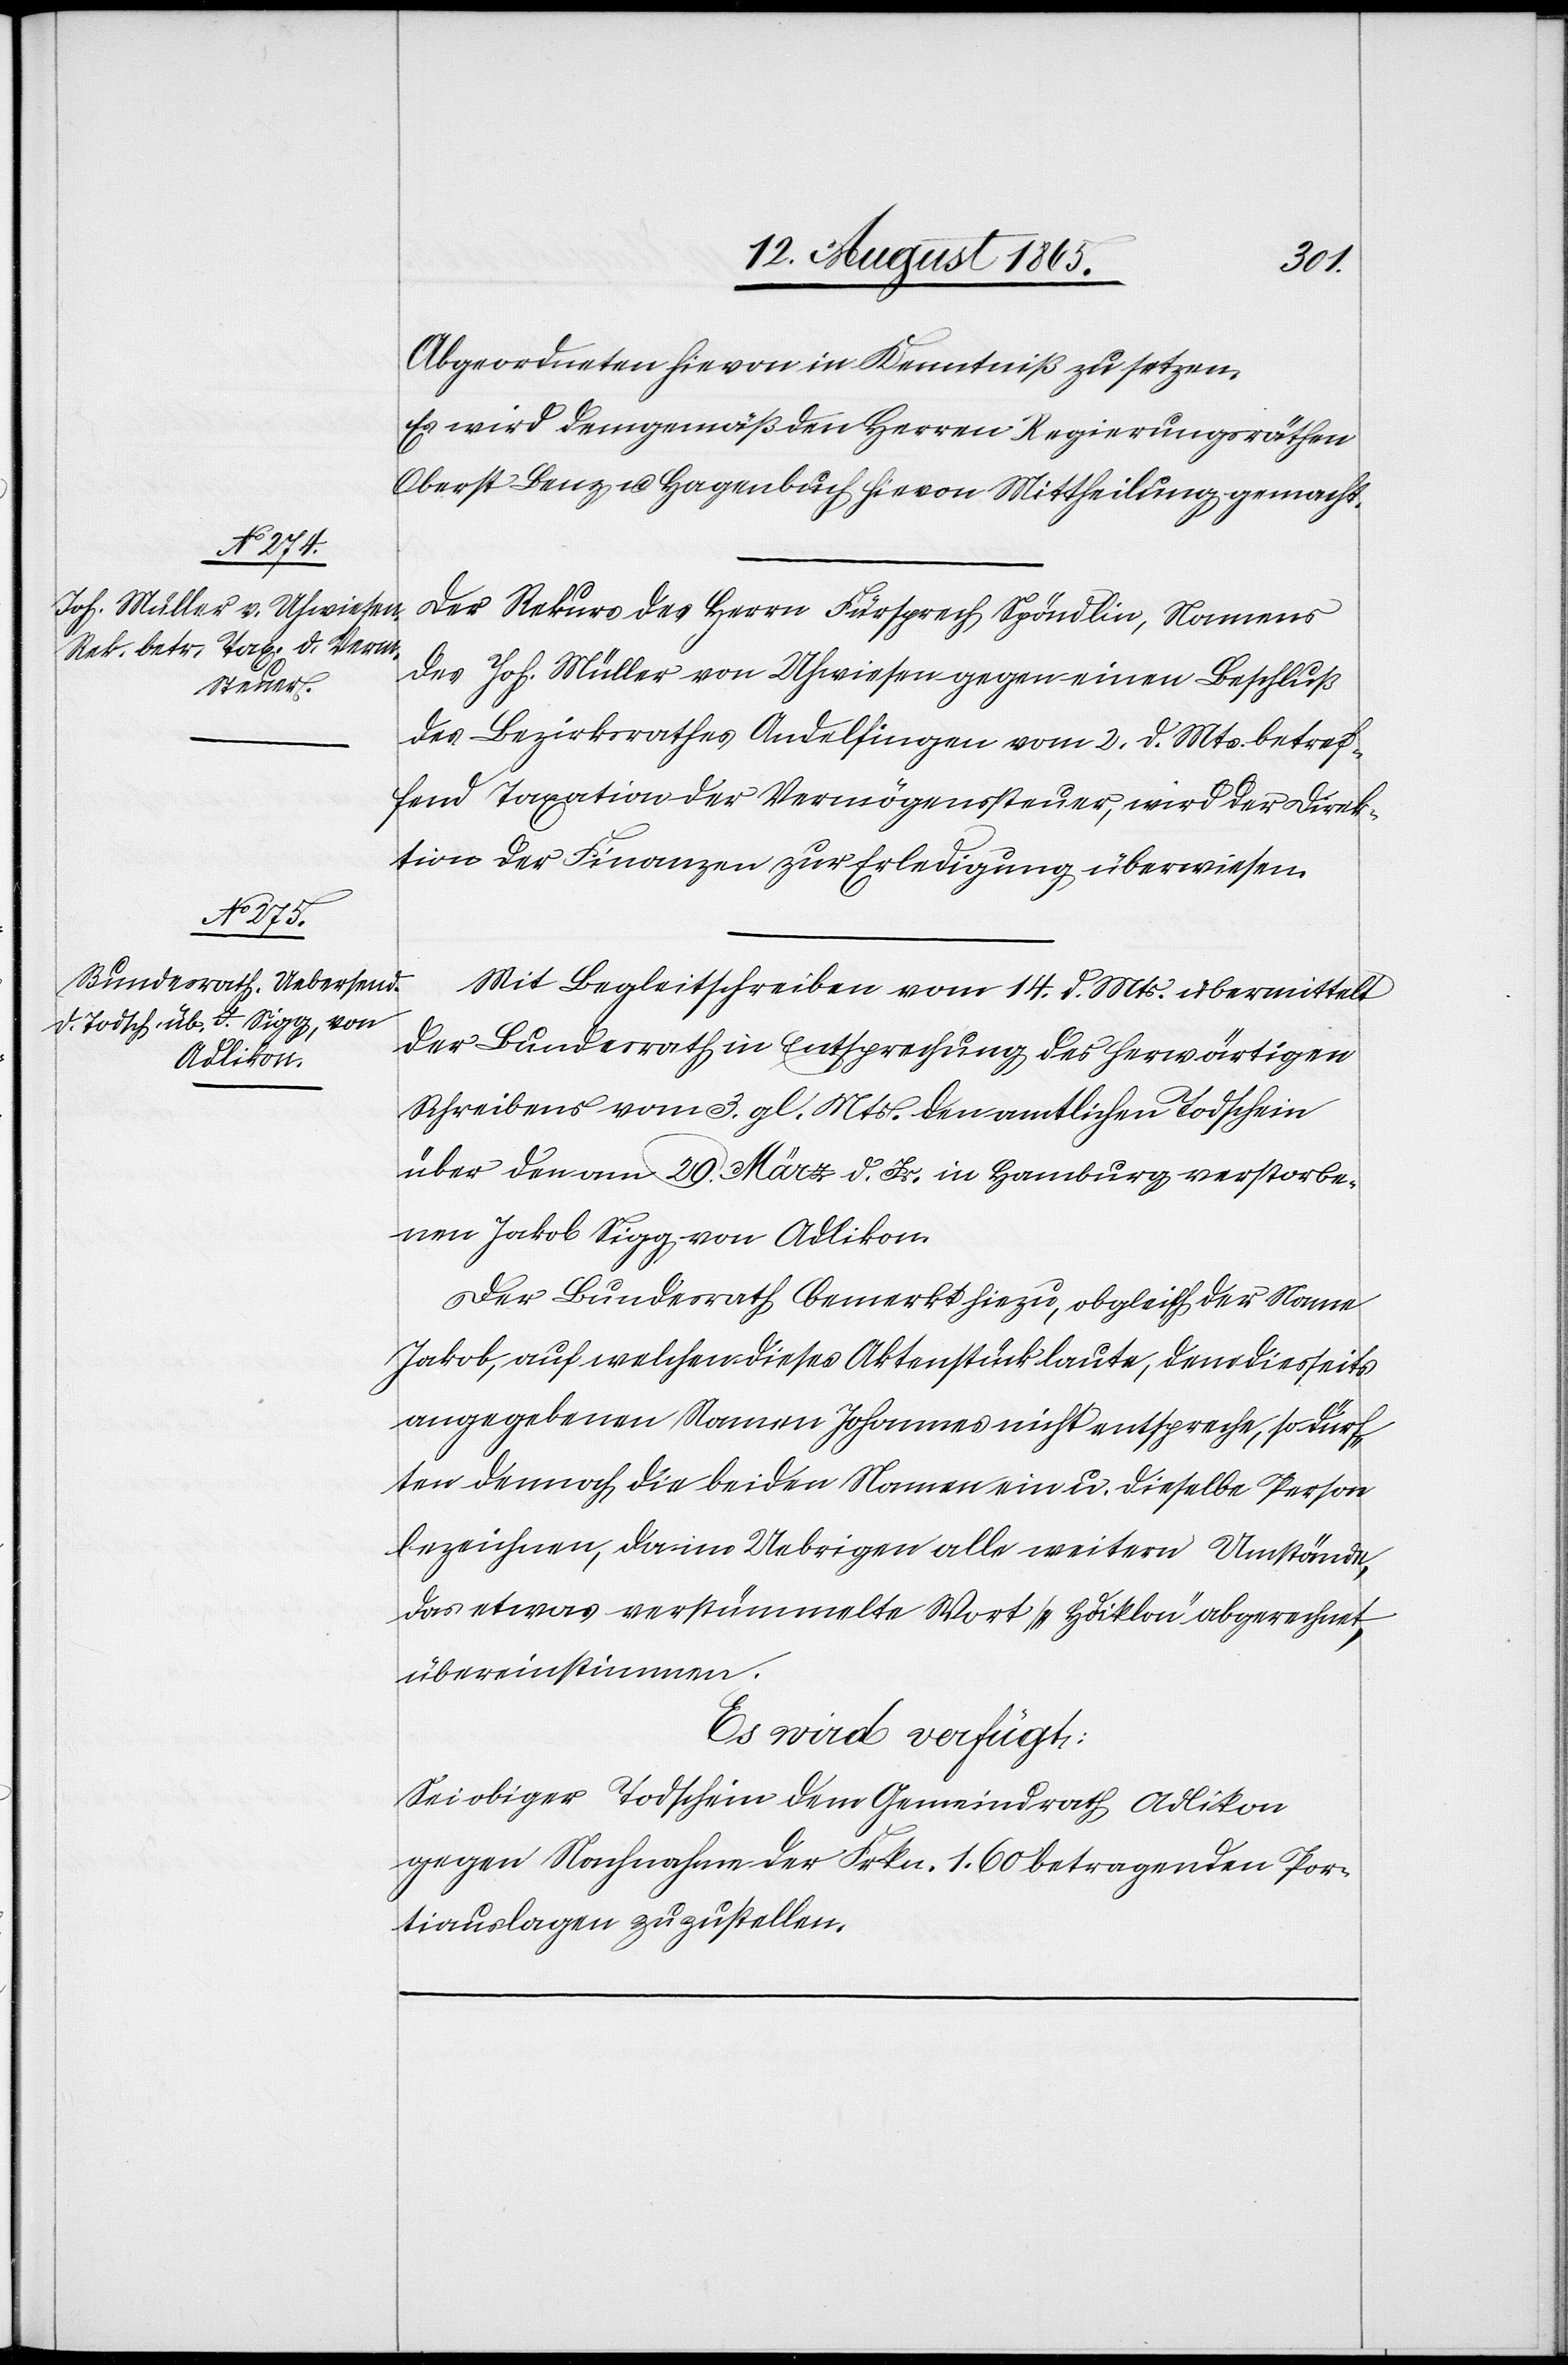
18. August 1865.]
Abgeordneten hievon in Kenntniß zu setzen.
Es wird demgemäß den Herren Regierungsräthen
Oberst Benz u. Hagenbuch hievon Mittheilung gemacht.
Der Rekurs des Herrn Fürsprech Spöndlin, Namens
des Joh. Müller von Uhwiesen gegen einen Beschluß
des Bezirksrathes Andelfingen vom 2. d. Mts. betref¬
fend Taxation der Vermögenssteuer, wird der Direk¬
tion der Finanzen zur Erledigung überwiesen.
Mit Begleitschreiben vom 14. d. Mts. übermittelt
der Bundesrath in Entsprechung des herwärtigen
Schreibens vom 3. gl. Mts. den amtlichen Todschein
über den am 29. März d. Js. in Hamburg verstorbe¬
nen Jakob Sigg von Adlikon.
Der Bundesrath bemerkt hiezu, obgleich der Name
Jakob, auf welchen dieses Aktenstück laute, dem diesseits
angegebenen Namen Johannes nicht entspreche, so dürf¬
ten dennoch die beiden Namen ein u. dieselbe Person
bezeichnen, da im Uebrigen alle weitern Umstände,
das etwas verstümmelte Wort „Hdiklon“ abgerechnet,
übereinstimmen.
Es wird verfügt:
Sei obiger Todschein dem Gemeindrath Adlikon
gegen Nachnahme der Frkn. 1.60 betragenden Por¬
tiauslagen zuzustellen.